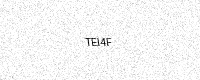
Text: TEI4F